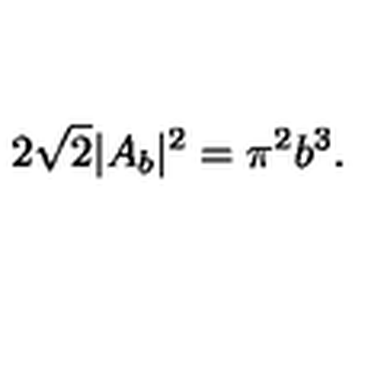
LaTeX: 2 \sqrt 2 | A _ { b } | ^ { 2 } = \pi ^ { 2 } b ^ { 3 } .